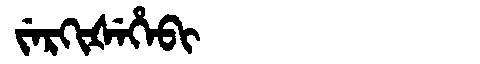
Manchu: ᠵᡝᡵᡴᡳᡧᡝᡥᡝᠪᡳ
Romanization: JERKIŠEHEBI